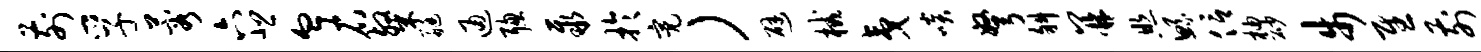
前孚蓉六悲血右粲艇通聪聚于亮）避械夷啖弩斜并照鲧信柚砂步慰前